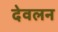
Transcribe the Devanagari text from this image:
देवलन